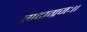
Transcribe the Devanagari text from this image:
गदाग्रजः।।